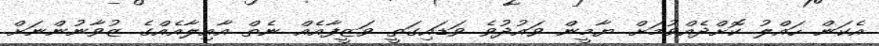
އެކަން ހައްލު ކޮށްދެއްވުމަށް ޔާމީން ވައުދުވެ ވަޑައިގަތީ ވަޒީފާއެއް ނެތް އާއިލާއެއްގެ ޒުވާނުންނަށް